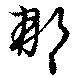
那